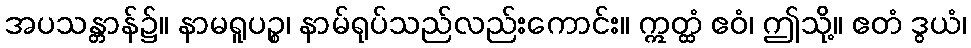
အပသန္တာန်၌။ နာမရူပဉ္စ၊ နာမ်ရုပ်သည်လည်းကောင်း။ ဣတ္ထံ ဧဝံ၊ ဤသို့။ ဧတံ ဒွယံ၊